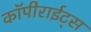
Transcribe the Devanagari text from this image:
कॉपीराईट्स